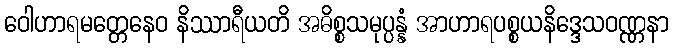
ဝေါဟာရမတ္တေနေဝ နိဿာရီယတိ အဓိစ္စသမုပ္ပန္နံ အာဟာရပစ္စယနိဒ္ဒေသဝဏ္ဏနာ